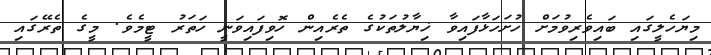
މިޔަހެލީގައި ބައިވެރިވުމަށް ހުށަހަޅާފައިވާ ޚިޔާލުތަކުގެ ތެރެއިން ހޮވިފައިވަނީ ހަތަރު ޓީމެވެ. މީގެ ތެރޭގައި